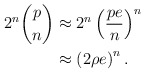
\begin{align*}2^n \binom{p}{n} &\approx 2^n \left(\frac{pe}{n}\right)^n \\ &\approx \left(2 \rho e\right)^n.\end{align*}